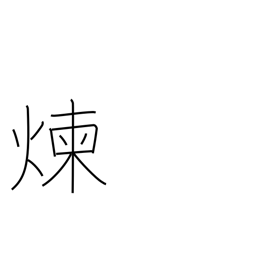
Meaning: refine metals